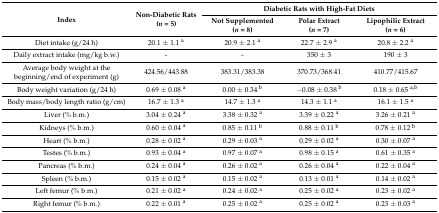
<table><thead><tr><td rowspan="2"><b>Index</b></td><td rowspan="2"><b>Non-Diabetic Rats (<i>n</i> = 5)</b></td><td colspan="3"><b>Diabetic Rats with High-Fat Diets</b></td></tr><tr><td><b>Not Supplemented (<i>n</i> = 8)</b></td><td><b>Polar Extract (<i>n</i> = 7)</b></td><td><b>Lipophilic Extract (<i>n</i> = 6)</b></td></tr></thead><tbody><tr><td>Diet intake (g/24 h)</td><td>20.1 ± 1.1 <sup>a</sup></td><td>20.9 ± 2.1 <sup>a</sup></td><td>22.7 ± 2.9 <sup>a</sup></td><td>20.8 ± 2.2 <sup>a</sup></td></tr><tr><td>Daily extract intake (mg/kg b.w.)</td><td>-</td><td>-</td><td>350 ± 3</td><td>190 ± 3</td></tr><tr><td>Average body weight at the beginning/end of experiment (g)</td><td>424.56/443.88</td><td>383.31/383.38</td><td>370.73/368.41</td><td>410.77/415.67</td></tr><tr><td>Body weight variation (g/24 h)</td><td>0.69 ± 0.08 <sup>a</sup></td><td>0.00 ± 0.34 <sup>b</sup></td><td>−0.08 ± 0.38 <sup>b</sup></td><td>0.18 ± 0.65 <sup>a,b</sup></td></tr><tr><td>Body mass/body length ratio (g/cm)</td><td>16.7 ± 1.3 <sup>a</sup></td><td>14.7 ± 1.3 <sup>a</sup></td><td>14.3 ± 1.1 <sup>a</sup></td><td>16.1 ± 1.5 <sup>a</sup></td></tr><tr><td>Liver (% b.m.)</td><td>3.04 ± 0.24 <sup>a</sup></td><td>3.38 ± 0.32 <sup>a</sup></td><td>3.39 ± 0.22 <sup>a</sup></td><td>3.26 ± 0.21 <sup>a</sup></td></tr><tr><td>Kidneys (% b.m.)</td><td>0.60 ± 0.04 <sup>a</sup></td><td>0.85 ± 0.11 <sup>b</sup></td><td>0.88 ± 0.11 <sup>b</sup></td><td>0.78 ± 0.12 <sup>b</sup></td></tr><tr><td>Heart (% b.m.)</td><td>0.28 ± 0.02 <sup>a</sup></td><td>0.29 ± 0.03 <sup>a</sup></td><td>0.29 ± 0.02 <sup>a</sup></td><td>0.30 ± 0.07 <sup>a</sup></td></tr><tr><td>Testes (% b.m.)</td><td>0.93 ± 0.04 <sup>a</sup></td><td>0.97 ± 0.07 <sup>a</sup></td><td>0.98 ± 0.15 <sup>a</sup></td><td>0.61 ± 0.35 <sup>a</sup></td></tr><tr><td>Pancreas (% b.m.)</td><td>0.24 ± 0.04 <sup>a</sup></td><td>0.26 ± 0.02 <sup>a</sup></td><td>0.26 ± 0.04 <sup>a</sup></td><td>0.22 ± 0.04 <sup>a</sup></td></tr><tr><td>Spleen (% b.m.)</td><td>0.15 ± 0.02 <sup>a</sup></td><td>0.15 ± 0.02 <sup>a</sup></td><td>0.13 ± 0.01 <sup>a</sup></td><td>0.14 ± 0.02 <sup>a</sup></td></tr><tr><td>Left femur (% b.m.)</td><td>0.21 ± 0.02 <sup>a</sup></td><td>0.24 ± 0.02 <sup>a</sup></td><td>0.25 ± 0.02 <sup>a</sup></td><td>0.23 ± 0.02 <sup>a</sup></td></tr><tr><td>Right femur (% b.m.)</td><td>0.22 ± 0.01 <sup>a</sup></td><td>0.25 ± 0.02 <sup>a</sup></td><td>0.25 ± 0.02 <sup>a</sup></td><td>0.23 ± 0.03 <sup>a</sup></td></tr></tbody></table>